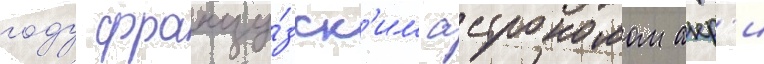
году францу́зск'им астрономом анр'и